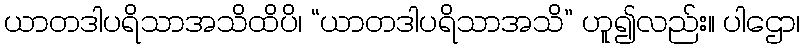
ယာတဒါပရိသာအသိထိပိ၊ “ယာတဒါပရိသာအသိ” ဟူ၍လည်း။ ပါဌော၊